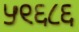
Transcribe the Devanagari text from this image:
५९६८६